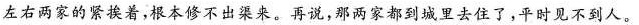
左右两家的繁换着，根本修不出。再说，那两家都到城里去住了，平时见不到人。